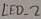
Text: LED_2